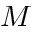
M